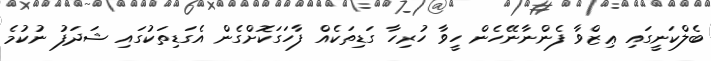
ބެލްކަނީގައި ޢިޒްވާ ފެންނާނޭހެން ހީވާ ހުރިހާ ގަޑިތަކެއް ފާހަގަކޮށްގެން އެގަޑިތަކުގައި ޝަދަފު ނުކުމެ